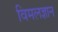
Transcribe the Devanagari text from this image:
विमलज्ञान